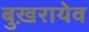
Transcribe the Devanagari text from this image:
बुख़रायेव